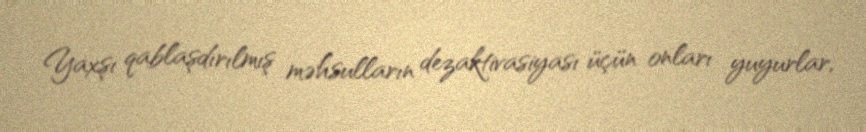
Yaxşı qablaşdırılmış məhsulların dezaktivasiyası üçün onları yuyurlar,